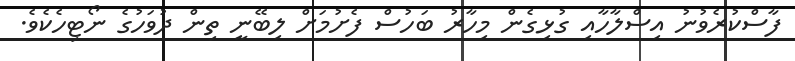
ފާސްކުރެވުނު އިސްލާހާއި ގުޅިގެން މިހާރު ބަހުސް ފެށުމަށް ލިބޭނީ ތިން ދުވަހުގެ ނޯޓިހެކެވެ.